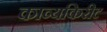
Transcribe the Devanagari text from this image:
काव्यकिरीट